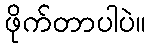
ဖိုက်တာပါပဲ။